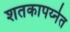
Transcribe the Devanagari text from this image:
शतकापर्य्नत